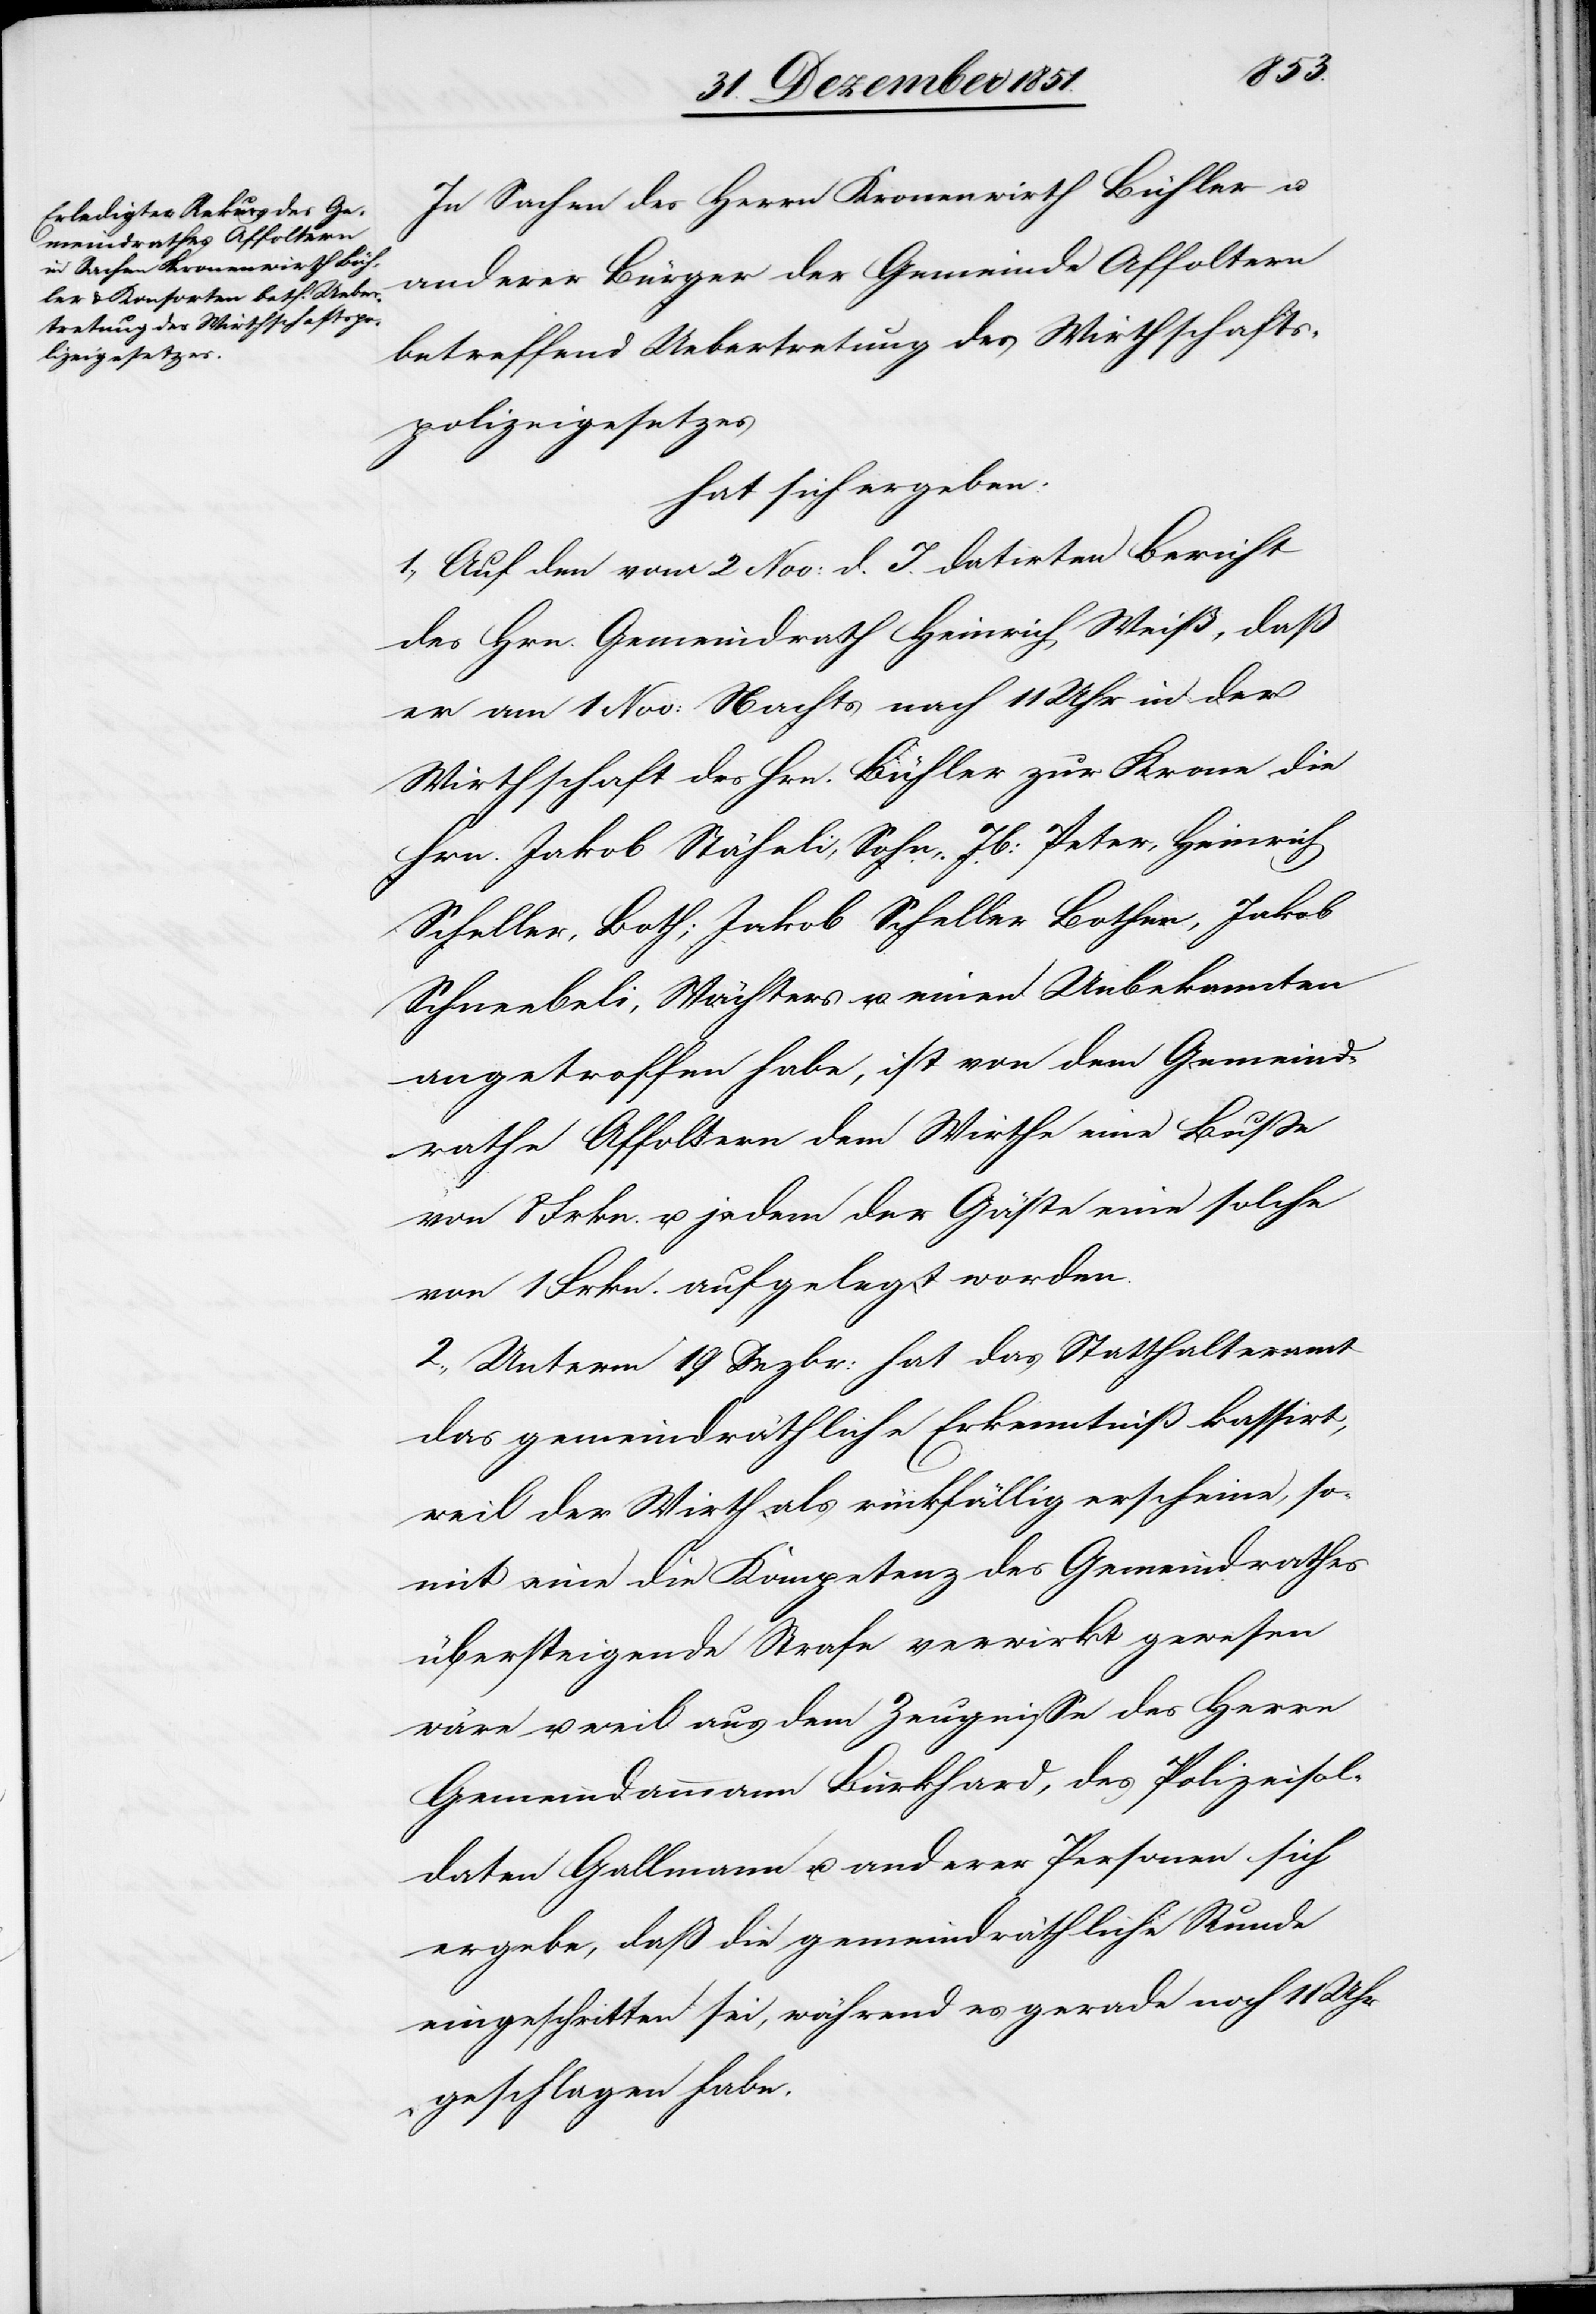
In Sachen des Herrn Kronenwirth Bühler u.
anderer Bürger der Gemeinde Affoltern
betreffend Uebertretung des Wirthschafts¬
polizeigesetzes
hat sich ergeben:
1., Auf den vom 2 Nov: d. J. datirten Bericht
des Hrn. Gemeindrath Heinrich Weiß, daß
er am 1 Nov: Nachts nach 11 Uhr in der
Wirthschaft des Hrn. Bühler zur Krone die
Hrn. Jakob Stäheli, Sohn, Jb: Peter, Heinrich
Scheller, Both; Jakob Scheller Bothen, Jakob
Schneebeli, Wächters u. einen Unbekannten
angetroffen habe, ist von dem Gemeind¬
rathe Affoltern dem Wirthe eine Buße
von 8 Frkn. u. jedem der Gäste eine solche
von 1 Frkn. aufgelegt worden.
2., Unterm 19 Dezbr: hat das Statthalteramt
das gemeindräthliche Erkenntniß kassirt,
weil der Wirth als rückfällig erscheine, so¬
mit eine die Kompetenz des Gemeindrathes
übersteigende Strafe verwirkt gewesen
wäre u. weil aus dem Zeugnisse des Herrn
Gemeindammann Burkhard, des Polizeisol¬
daten Gallmann u. anderer Personen sich
ergebe, daß die gemeindräthliche Runde
eingeschritten sei, während es gerade noch 11 Uhr
geschlagen habe.